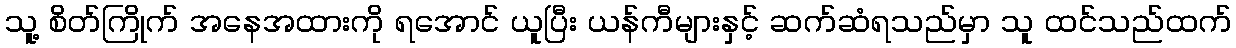
သူ့ စိတ်ကြိုက် အနေအထားကို ရအောင် ယူပြီး ယန်ကီများနှင့် ဆက်ဆံရသည်မှာ သူ ထင်သည်ထက်